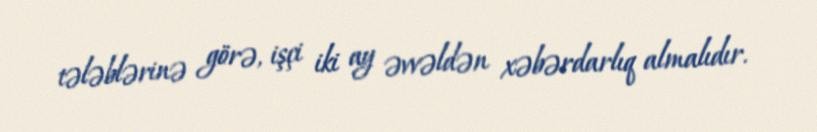
tələblərinə görə, işçi iki ay əvvəldən xəbərdarlıq almalıdır.